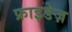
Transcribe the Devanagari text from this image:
फ्राइडेज़